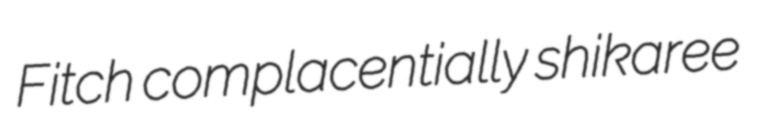
Fitch complacentially shikaree